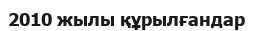
2010 жылы құрылғандар